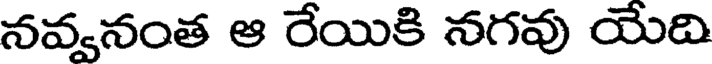
నవ్వనంత ఆ రేయికి నగవు యేది